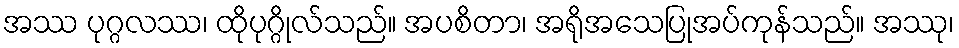
အဿ ပုဂ္ဂလဿ၊ ထိုပုဂ္ဂိုလ်သည်။ အပစိတာ၊ အရိုအသေပြုအပ်ကုန်သည်။ အဿု၊